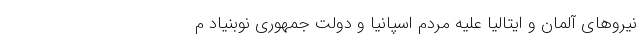
نیروهای آلمان و ایتالیا علیه مردم اسپانیا و دولت جمهوری نوبنیاد م